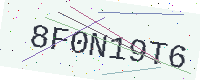
Text: 8F0N19T6